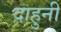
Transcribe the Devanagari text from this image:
दाहुनी